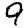
Digit: 9